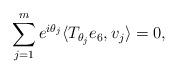
LaTeX: \begin{align*}\sum\limits_{j=1}^me^{i\theta_j}\langle T_{\theta_j}e_6,v_j\rangle=0,\end{align*}